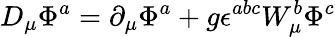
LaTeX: D_{\mu}\Phi^{a}=\partial_{\mu}\Phi^{a}+g\epsilon^{abc}W_{\mu}^{b}\Phi^{c}